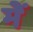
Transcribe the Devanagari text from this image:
मेेें